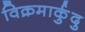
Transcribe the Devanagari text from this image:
विक्रमार्कुदु